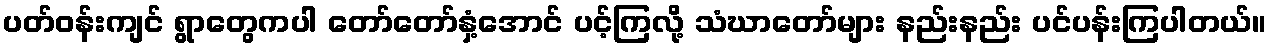
ပတ်ဝန်းကျင် ရွာတွေကပါ တော်တော်နှံ့အောင် ပင့်ကြလို့ သံဃာတော်များ နည်းနည်း ပင်ပန်းကြပါတယ်။